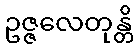
ဥဇ္ဇလေတုန္တိ